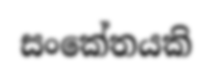
සංකේතයකි